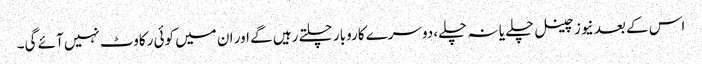
اس کے بعد نیوز چینل چلے یا نہ چلے، دوسرے کاروبار چلتے رہیں گے اور ان میں کوئی رکاوٹ نہیں آئے گی۔